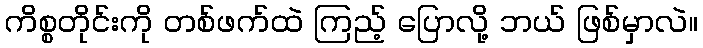
ကိစ္စတိုင်းကို တစ်ဖက်ထဲ ကြည့် ပြောလို့ ဘယ် ဖြစ်မှာလဲ။